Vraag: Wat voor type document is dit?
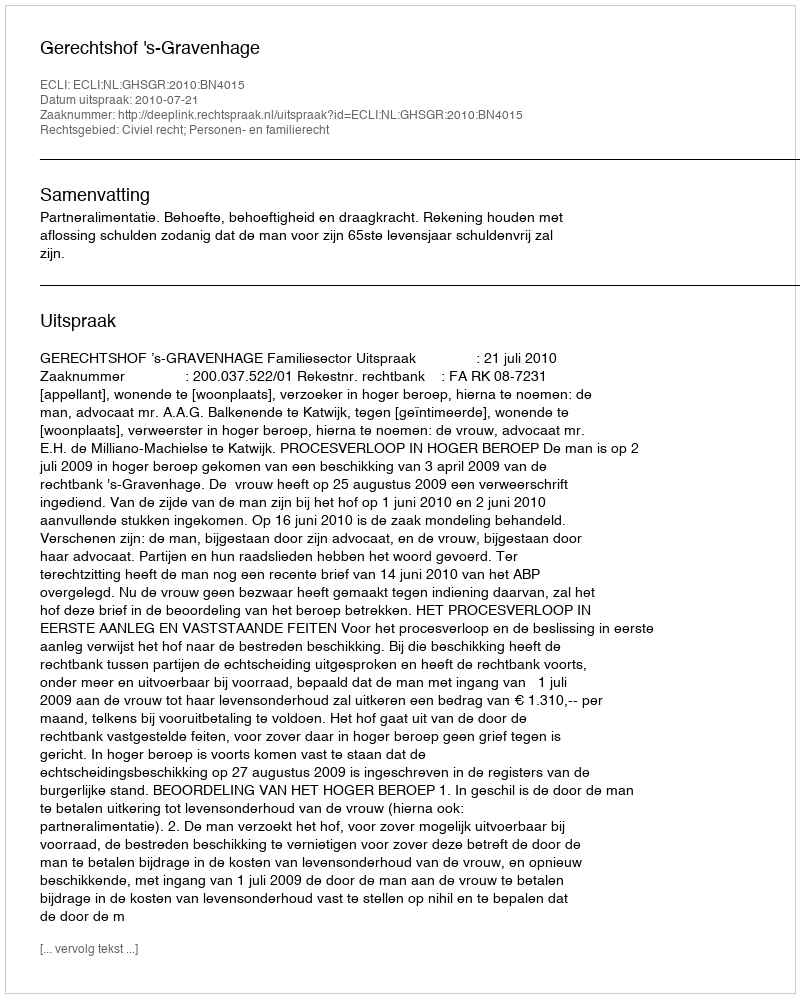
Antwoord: Uitspraak